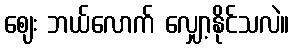
ဈေး ဘယ်လောက် လျှော့နိုင်သလဲ။